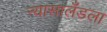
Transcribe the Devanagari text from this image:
न्यासालँडला